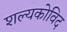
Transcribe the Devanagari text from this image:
शल्यकोविद